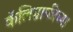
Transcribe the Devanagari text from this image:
कॅलिग्राफीच्या